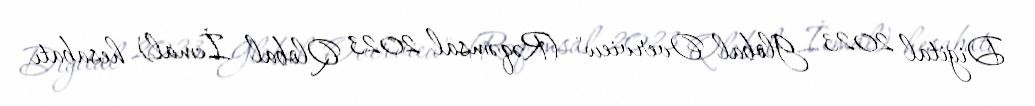
Digital 2023 Global Overview" (Rəqəmsal 2023 Qlobal İcmal) hesabatı